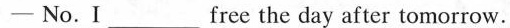
- No. 1 ___ free the day after tomorrow.